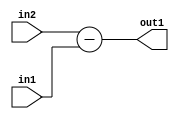
`timescale 1ps / 1ps
/*****************************************************************************
    Verilog RTL Description
    
    
    Created by: CellMath Designer 2019.1.01 
*******************************************************************************/

module fix2float_Sub_8Sx8U_8S_4_3 (
	in2,
	in1,
	out1
	); /* architecture "behavioural" */ 
input [7:0] in2,
	in1;
output [7:0] out1;
wire [7:0] asc001;

assign asc001 = 
	+(in2)
	-(in1);

assign out1 = asc001;
endmodule

/* CADENCE  urf4Twg= : u9/ySgnWtBlWxVPRXgAZ4Og= ** DO NOT EDIT THIS LINE ******/